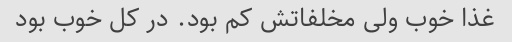
غذا خوب ولی مخلفاتش کم بود. در کل خوب بود